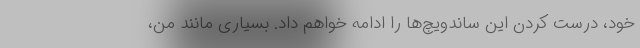
خود، درست کردن این ساندویچ‌ها را ادامه خواهم داد. بسیاری مانند من،